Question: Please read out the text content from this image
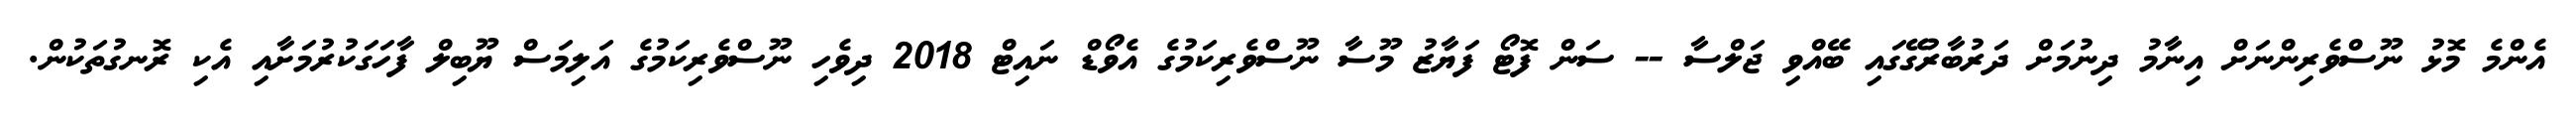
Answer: އެންމެ މޮޅު ނޫސްވެރިންނަށް އިނާމު ދިނުމަށް ދަރުބާރުގޭގައި ބޭއްވި ޖަލްސާ -- ސަން ފޮޓޯ ފަޔާޒު މޫސާ ނޫސްވެރިކަމުގެ އެވޯޑް ނައިޓް 2018 ދިވެހި ނޫސްވެރިކަމުގެ އަލިމަސް ޔޫބިލް ފާހަގަކުރުމަށާއި އެކި ރޮނގުތަކުން.